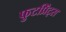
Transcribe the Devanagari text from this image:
फुटप्रिंट्स